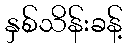
နှစ်သိန်းခန့်